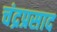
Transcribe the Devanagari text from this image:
चंद्रप्रसाद